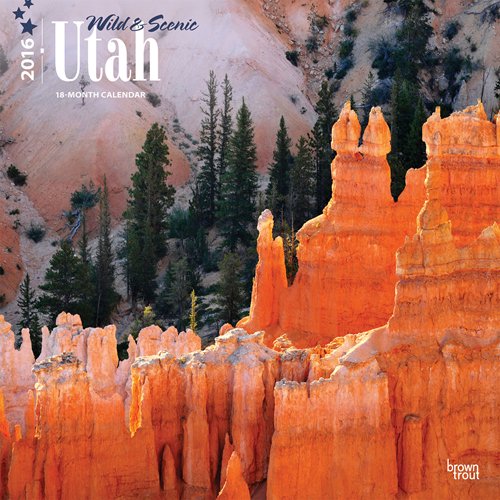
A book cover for Utah, Wild & Scenic 2016 Square 12x12 (Multilingual Edition); Browntrout Publishers; Calendars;